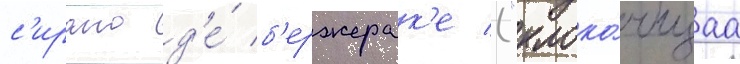
с'ирано д'е́ б'ержерак'е ("клоко́чущаа